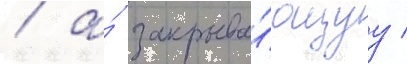
/ а́ закрыва́ющуу /